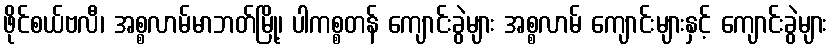
ဖိုင်စယ်ဗလီ၊ အစ္စလာမ်မာဘတ်မြို့၊ ပါကစ္စတန် ကျောင်းခွဲများ အစ္စလာမ် ကျောင်းများနှင့် ကျောင်းခွဲများ